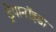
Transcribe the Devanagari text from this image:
ड्रेपानॉइडा